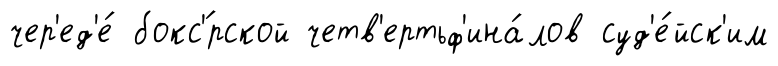
чер'ед'е́ бокс'́рской четв'ертьф'ина́лов суд'е́йск'им